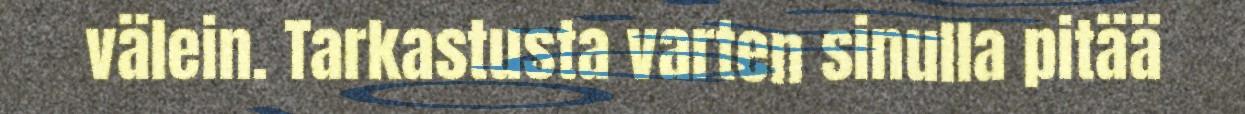
välein. Tarkastusta varten sinulla pitää